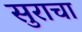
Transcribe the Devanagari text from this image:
सुराचा